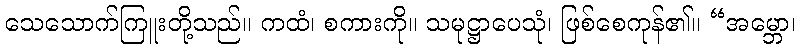
သေသောက်ကြူးတို့သည်။ ကထံ၊ စကားကို။ သမုဋ္ဌာပေသုံ၊ ဖြစ်စေကုန်၏။ “အမ္ဘော၊